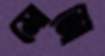
মোজো